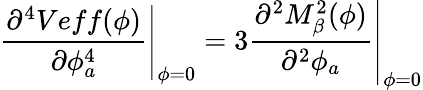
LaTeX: \left.\frac{\partial^{4}Veff(\phi)}{\partial\phi_{a}^{4}}\right|_{\phi=0}=\left.3\frac{\partial^{2}M_{\beta}^{2}(\phi)}{\partial^{2}\phi_{a}}\right|_{\phi=0}